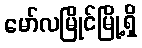
မော်လမြိုင်မြို့ရှိ